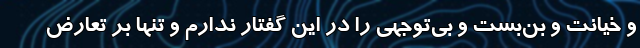
و خیانت و بن‌بست و بی‌توجهی را در این گفتار ندارم و تنها بر تعارض